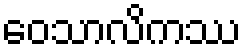
ဝေသာလိကဿ